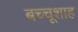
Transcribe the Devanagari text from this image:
बच्चूशाह